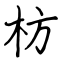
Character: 枋